Leaving Certificate Examination, 1908
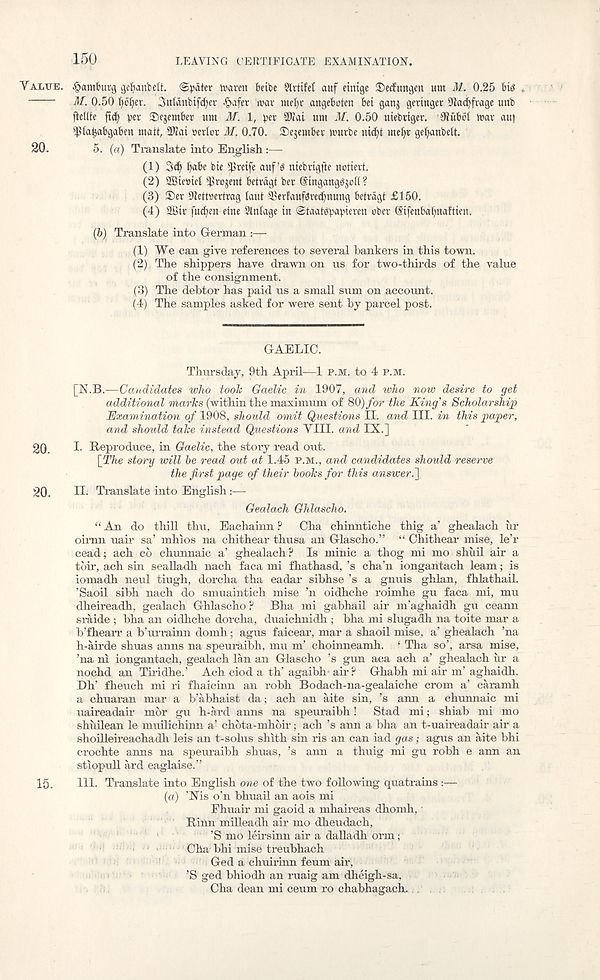
150
LEAVING CERTIFICATE EXAMINATION.
VALUE. .§amtnu\j gelianbett. (grater toavett beibe Slvtifct auf eintgc Sccfungen um M. 0.25 bis .
M. 0.50 fybfyer. 3ntdnbif(^er §afcr roav ntfl)r angcboten bet ganj geringet -Jlacfyfrage unb
fleflte ftd) pet £ejember urn M. 1, pev Sffiai um M. 0.50 niebttgcv. SRubol tuav au)
^ta^abgaben matt, 5Mat ccrtof M. 0.70. tDejcmber umrbe iiid)t mct)c geljanbclt.
20.
5. (a) Translate into English:—
(1) 3d) t)abe bte $rcife auf’b ntebrtgfte notievt.
(2) SBiemel ^ro^ent bctrdgt bet Gringangbjoft ?
(3) Set Olettsertrag laut S'crfaufaredmung betrdgt £150.
(4) 2Bir fucben eine Slntage in @taatbpapieven ober ©ifenba^naftien.
(6) Translate into German
(1) We can give references to several bankers in this town.
(2) The shippers have drawn on us for two-thirds of the value
of the consignment.
(3) The debtor has paid us a small sum on account.
(4) The samples asked for were sent by parcel post.
GAELIC.
Thursday, 9th April—1 P.M. to 4 P.M.
[N.B.—Candidates who toolc Gaelic in 1907, and who now desire to get
additional marks (within the maximum of 80) for the King's Scholarship
Examination of 1908, should omit Questions II. and III. in this paper,
and should take instead Questions VIII. and IX.]
20.
I- Reproduce, in Gaelic, the story read out.
[The story will be read out at 1.45 P.M., and candidates should reserve
the first page of their books for this answer
20.
II. Translate into English:—
Gealach Ghlascho.
“ An do thill thu, Eachainn ? Cha chinntiche thig a’ ghealach ur
oimn uaii- sa’ mhios na chithear thusa an Glascho.” “ Chithear mise, le’r
cead; ach co chunnaic a’ ghealach? Is minic a thog mi mo shuil air a
toir, ach sin sealladh nach faca mi fhathasd, ’s cha’n iongahtach learn; is
iomadh neul tiugh, dorcha tha eadar sibhse’s a gnuis ghlan, fhlathail.
’Saoil sibh nach do smuaintich mise ’n oidhche roimhe gu faca mi, mu
dheireadh, gealach Ghlascho ? Bha mi gabhail air m’aghaidh gu ceann
sraide ; bha an oidhche dorcha, duaichnidh ; bha mi slugadh na toite mar a
b’fhearr a b’urrainn domh; agus faicear, mar a shaoil mise, a’ ghealach ’na
h-airde shuas anns na speuraibh, mu m’ choinneamh. ‘ Tha so’, arsa mise,
’na ni iongantach, gealach lan an Glascho ’s gun aca ach a’ ghealach ur a
nochd an Tiridhe.’ Ach ciod a th’ agaibh air? Ghabh mi air m’ aghaidh.
Dh’ fheuch mi ri fhaicinn an robh Bodach-na-gealaiche crom a’ caramh
a chuaran mar a b’abhaist da; ach an aite sin, ’s aim a chunnaic mi
uaireadair mor gu h-ard anns na speuraibh! Stad mi; shiab mi mo
shuilean le muilichinn a’ chota-mhoir; ach ’s ann a bha an t-uaireadair air a
shoilleireachadh leis an t-solus shith sin ris an can iad gas; agus an aite bhi
crochte anns na speuraibh shuas, ’s ann a thuig mi gu robh e ann an
stiopull ard eaglaise.”
15.
HI. Translate into English one of the two following quatrains
(a) ’Nis o’n bhuail an aois mi
Fhuair mi gaoid a mhaireas dhomh, •
Rinn milleadh air mo dheudach,
’S mb leirsinn air a dalladh orm;
Oha bhi mise treubhach
Ged a chuirinn feum air,
’S ged bhiodh an ruaig am dheigh-sa,
Cha dean mi ceum ro chabhagach.